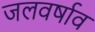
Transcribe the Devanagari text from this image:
जलवर्षाव